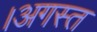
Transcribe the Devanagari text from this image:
।अगस्त